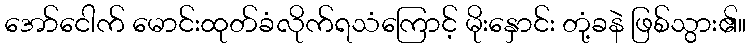
အော်ငေါက် မောင်းထုတ်ခံလိုက်ရသံကြောင့် မိုးနှောင်း တုံ့ခနဲ ဖြစ်သွား၏။